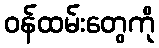
ဝန်ထမ်းတွေကို